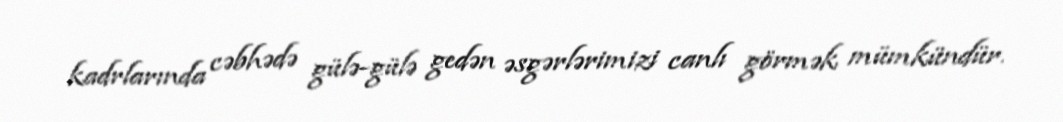
kadrlarında cəbhədə gülə-gülə gedən əsgərlərimizi canlı görmək mümkündür.